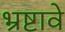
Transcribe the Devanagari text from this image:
भ्रष्टावे